Dysentery in Hazaribagh Central Jail - Number 52
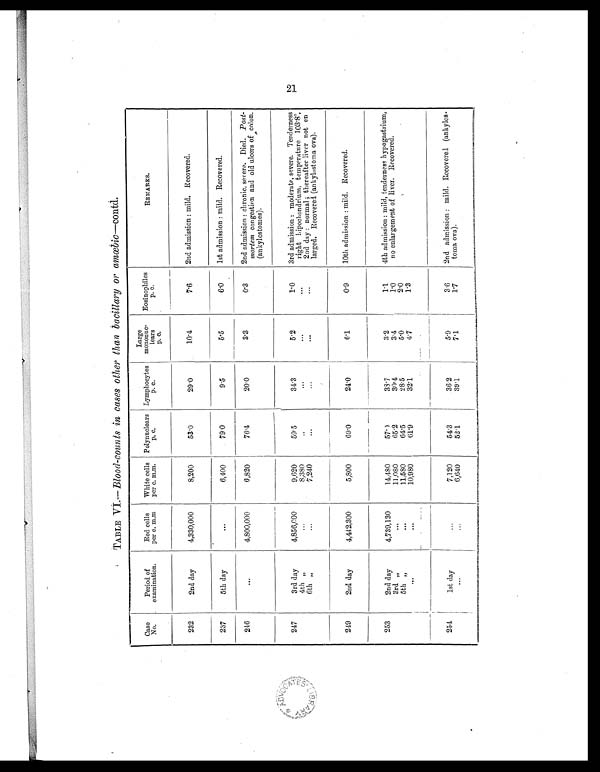
Case
No.
Period of
examination.
Red cells
per c. m.m
White cells
per c. m.m.
Polynuclears
p . c .
Lymphocytes
p. c .
Large
mononuc-
lears
p . c .
Eosinophiles
p . c .
R E M A R K S .
232
2nd day
4,330,000
8,200
53.0
29.0
10.4
7.6
2nd admission: mild. Recovered.
237
5th day
. . .
6,400
79.0
9.5
5.5
6.0
1st admission: mild. Recovered.
246
. . .
4,800,000
6,820
76.4
20.0
3.3
0.3
2nd admission: chronic, severe. Died. Post-
mortem congestion and old ulcers of colon
.
(ankylostomes).
247
3rd day
4,856,000
9,620
59.5
34.3
5.2
1.0
3rd admission: moderate, severe. Tenderness
right hipochondrium, temperature 103.8°,
2nd day: normal; thereafter liver not en
larged. Recovered (ankylostoma ova).
4th „
...
8,380
...
. . .
. . .
...
6th „
...
7,240
. . .
. . .
. . .
. . .
249
2nd day
4,442,300
5,800
69.0
24.0
6.1
0.9
10th admission: mild. Recovered.
253
2nd day
4,739,130
14,480
57.0
38.7
3.2
1.1
4th admission: mild, tenderness hypogastrium,
no enlargement of liver. Recovered.
3rd „
. . . 11,080
65.2
30.4
3.4
1.0
5th „
. . . 11,580
64.5
28.5
5.0
2.0
. . .
...
10,980
61.9
32.1
4.7
1.3
254
1st day
. . .
7,120
54.3
36.2
5.9
3.6
2nd admission: mild. Recovered (ankylos-
toma ova).
. . .
. . .
6,640
52.1
39.1
7.1
1.7
21
TABLE VI.— Blood-counts in cases other than bacillary or amœbic —contd.